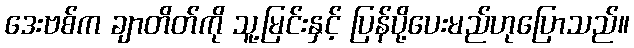
ဒေးဗစ်က ချာတိတ်ကို သူ့မြင်းနှင့် ပြန်ပို့ပေးမည်ဟုပြောသည်။